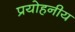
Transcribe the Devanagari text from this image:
प्रयोहनीय